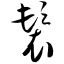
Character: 鬟